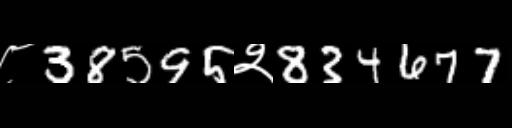
Text: ८38595२834677